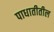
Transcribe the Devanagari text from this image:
पाधातीतील